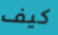
كيف